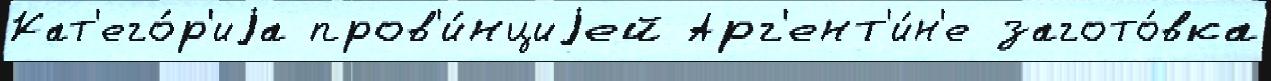
Кат'его́р'иjа пров'и́нциjей Арг'ент'и́н'е загото́вка